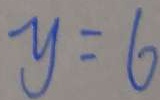
y = 6